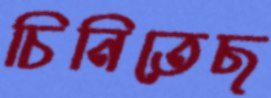
চিনিতেছ